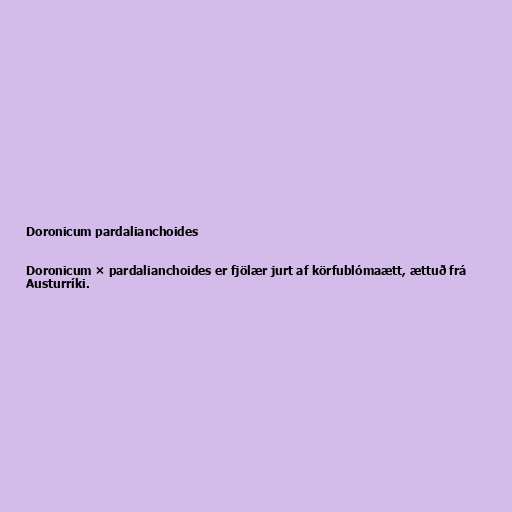
Doronicum pardalianchoides

Doronicum × pardalianchoides er fjölær jurt af körfublómaætt, ættuð frá
Austurríki.